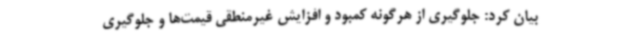
بیان‌ کرد: جلوگیری از هرگونه کمبود و افزایش غیرمنطقی قیمت‌ها و جلوگیری